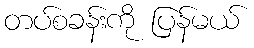
တပ်စခန်းကို ပြန်မယ်